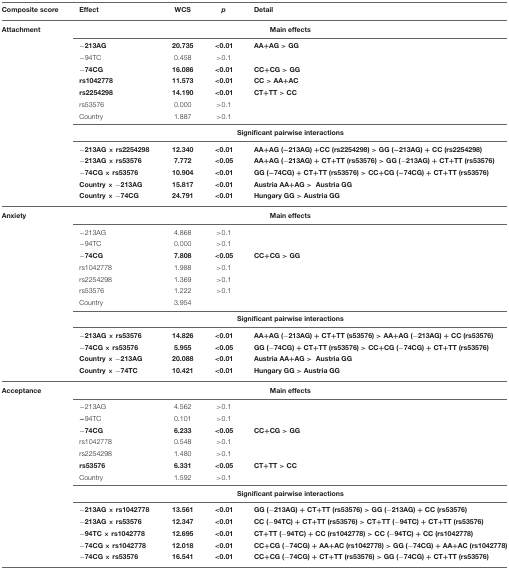
<table><thead><tr><td><b>Composite score</b></td><td><b>Effect</b></td><td><b>WCS</b></td><td><b><i>p</i></b></td><td><b>Detail</b></td></tr></thead><tbody><tr><td><b>Attachment</b></td><td colspan="4"><b>Main effects</b></td></tr><tr><td></td><td>−<b>213AG</b></td><td><b>20.735</b></td><td>&lt;<b>0.01</b></td><td><b>AA</b>+<b>AG</b> &gt; <b>GG</b></td></tr><tr><td></td><td>−94TC</td><td>0.458</td><td>&gt;0.1</td><td></td></tr><tr><td></td><td>−<b>74CG</b></td><td><b>16.086</b></td><td>&lt;<b>0.01</b></td><td><b>CC</b>+<b>CG</b> &gt; <b>GG</b></td></tr><tr><td></td><td><b>rs1042778</b></td><td><b>11.573</b></td><td>&lt;<b>0.01</b></td><td><b>CC</b> &gt; <b>AA</b>+<b>AC</b></td></tr><tr><td></td><td><b>rs2254298</b></td><td><b>14.190</b></td><td>&lt;<b>0.01</b></td><td><b>CT</b>+<b>TT</b> &gt; <b>CC</b></td></tr><tr><td></td><td>rs53576</td><td>0.000</td><td>&gt;0.1</td><td></td></tr><tr><td></td><td>Country</td><td>1.887</td><td>&gt;0.1</td><td></td></tr><tr><td></td><td colspan="4"><b>Significant pairwise interactions</b></td></tr><tr><td></td><td>−<b>213AG</b> × <b>rs2254298</b></td><td><b>12.340</b></td><td>&lt;<b>0.01</b></td><td><b>AA</b>+<b>AG (</b>−<b>213AG)</b> +<b>CC (rs2254298)</b> &gt; <b>GG (</b>−<b>213AG)</b> + <b>CC (rs2254298)</b></td></tr><tr><td></td><td>−<b>213AG</b> × <b>rs53576</b></td><td><b>7.772</b></td><td>&lt;<b>0.05</b></td><td><b>AA</b>+<b>AG (</b>−<b>213AG)</b> + <b>CT</b>+<b>TT (rs53576)</b> &gt; <b>GG (</b>−<b>213AG)</b> + <b>CT</b>+<b>TT (rs53576)</b></td></tr><tr><td></td><td>−<b>74CG</b> × <b>rs53576</b></td><td><b>10.904</b></td><td>&lt;<b>0.01</b></td><td><b>GG (</b>−<b>74CG)</b> + <b>CT</b>+<b>TT (rs53576)</b> &gt; <b>CC</b>+<b>CG (</b>−<b>74CG)</b> + <b>CT</b>+<b>TT (rs53576)</b></td></tr><tr><td></td><td><b>Country</b> × −<b>213AG</b></td><td><b>15.817</b></td><td>&lt;<b>0.01</b></td><td><b>Austria AA</b>+<b>AG</b> &gt; <b>Austria GG</b></td></tr><tr><td></td><td><b>Country</b> × −<b>74CG</b></td><td><b>24.791</b></td><td>&lt;<b>0.01</b></td><td><b>Hungary GG</b> &gt; <b>Austria GG</b></td></tr><tr><td><b>Anxiety</b></td><td colspan="4"><b>Main effects</b></td></tr><tr><td></td><td>−213AG</td><td>4.868</td><td>&gt;0.1</td><td></td></tr><tr><td></td><td>−94TC</td><td>0.000</td><td>&gt;0.1</td><td></td></tr><tr><td></td><td>−<b>74CG</b></td><td><b>7.808</b></td><td>&lt;<b>0.05</b></td><td><b>CC</b>+<b>CG</b> &gt; <b>GG</b></td></tr><tr><td></td><td>rs1042778</td><td>1.988</td><td>&gt;0.1</td><td></td></tr><tr><td></td><td>rs2254298</td><td>1.369</td><td>&gt;0.1</td><td></td></tr><tr><td></td><td>rs53576</td><td>1.222</td><td>&gt;0.1</td><td></td></tr><tr><td></td><td>Country</td><td>3.954</td><td></td><td></td></tr><tr><td></td><td colspan="4"><b>Significant pairwise interactions</b></td></tr><tr><td></td><td>−<b>213AG</b> × <b>rs53576</b></td><td><b>14.826</b></td><td>&lt;<b>0.01</b></td><td><b>AA</b>+<b>AG (</b>−<b>213AG)</b> + <b>CT</b>+<b>TT (s53576)</b> &gt; <b>AA</b>+<b>AG (</b>−<b>213AG)</b> + <b>CC (rs53576)</b></td></tr><tr><td></td><td>−<b>74CG</b> × <b>rs53576</b></td><td><b>5.955</b></td><td>&lt;<b>0.05</b></td><td><b>GG (</b>−<b>74CG)</b> + <b>CT</b>+<b>TT (rs53576)</b> &gt; <b>CC</b>+<b>CG (</b>−<b>74CG)</b> + <b>CT</b>+<b>TT (rs53576)</b></td></tr><tr><td></td><td><b>Country</b> × −<b>213AG</b></td><td><b>20.088</b></td><td>&lt;<b>0.01</b></td><td><b>Austria AA</b>+<b>AG</b> &gt; <b>Austria GG</b></td></tr><tr><td></td><td><b>Country</b> × −<b>74TC</b></td><td><b>10.421</b></td><td>&lt;<b>0.01</b></td><td><b>Hungary GG</b> &gt; <b>Austria GG</b></td></tr><tr><td><b>Acceptance</b></td><td colspan="4"><b>Main effects</b></td></tr><tr><td></td><td>−213AG</td><td>4.562</td><td>&gt;0.1</td><td></td></tr><tr><td></td><td>−94TC</td><td>0.101</td><td>&gt;0.1</td><td></td></tr><tr><td></td><td>−<b>74CG</b></td><td><b>6.233</b></td><td>&lt;<b>0.05</b></td><td><b>CC</b>+<b>CG</b> &gt; <b>GG</b></td></tr><tr><td></td><td>rs1042778</td><td>0.548</td><td>&gt;0.1</td><td></td></tr><tr><td></td><td>rs2254298</td><td>1.480</td><td>&gt;0.1</td><td></td></tr><tr><td></td><td><b>rs53576</b></td><td><b>6.331</b></td><td>&lt;<b>0.05</b></td><td><b>CT</b>+<b>TT</b> &gt; <b>CC</b></td></tr><tr><td></td><td>Country</td><td>1.592</td><td>&gt;0.1</td><td></td></tr><tr><td></td><td colspan="4"><b>Significant pairwise interactions</b></td></tr><tr><td></td><td>−<b>213AG</b> × <b>rs1042778</b></td><td><b>13.561</b></td><td>&lt;<b>0.01</b></td><td><b>GG (</b>−<b>213AG)</b> + <b>CT</b>+<b>TT (rs53576)</b> &gt; <b>GG (</b>−<b>213AG)</b> + <b>CC (rs53576)</b></td></tr><tr><td></td><td>−<b>213AG</b> × <b>rs53576</b></td><td><b>12.347</b></td><td>&lt;<b>0.01</b></td><td><b>CC (</b>−<b>94TC)</b> + <b>CT</b>+<b>TT (rs53576)</b> &gt; <b>CT</b>+<b>TT (</b>−<b>94TC)</b> + <b>CT</b>+<b>TT (rs53576)</b></td></tr><tr><td></td><td>−<b>94TC</b> × <b>rs1042778</b></td><td><b>12.695</b></td><td>&lt;<b>0.01</b></td><td><b>CT</b>+<b>TT (</b>−<b>94TC)</b> + <b>CC (rs1042778)</b> &gt; <b>CC (</b>−<b>94TC)</b> + <b>CC (rs1042778)</b></td></tr><tr><td></td><td>−<b>74CG</b> × <b>rs1042778</b></td><td><b>12.018</b></td><td>&lt;<b>0.01</b></td><td><b>CC</b>+<b>CG (</b>−<b>74CG)</b> + <b>AA</b>+<b>AC (rs1042778)</b> &gt; <b>GG (</b>−<b>74CG)</b> + <b>AA</b>+<b>AC (rs1042778)</b></td></tr><tr><td></td><td>−<b>74CG</b> × <b>rs53576</b></td><td><b>16.541</b></td><td>&lt;<b>0.01</b></td><td><b>CC</b>+<b>CG (</b>−<b>74CG)</b> + <b>CT</b>+<b>TT (rs53576)</b> &gt; <b>GG (</b>−<b>74CG)</b> + <b>CT</b>+<b>TT (rs53576)</b></td></tr></tbody></table>